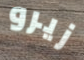
زيرو